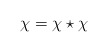
\begin{align*}\chi = \chi \star \chi\end{align*}